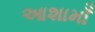
આશામાઁ